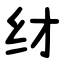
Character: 䌶